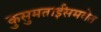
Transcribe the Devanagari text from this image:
कुसुमताईंसमवेत